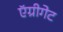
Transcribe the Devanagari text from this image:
ऍग्रीगेट